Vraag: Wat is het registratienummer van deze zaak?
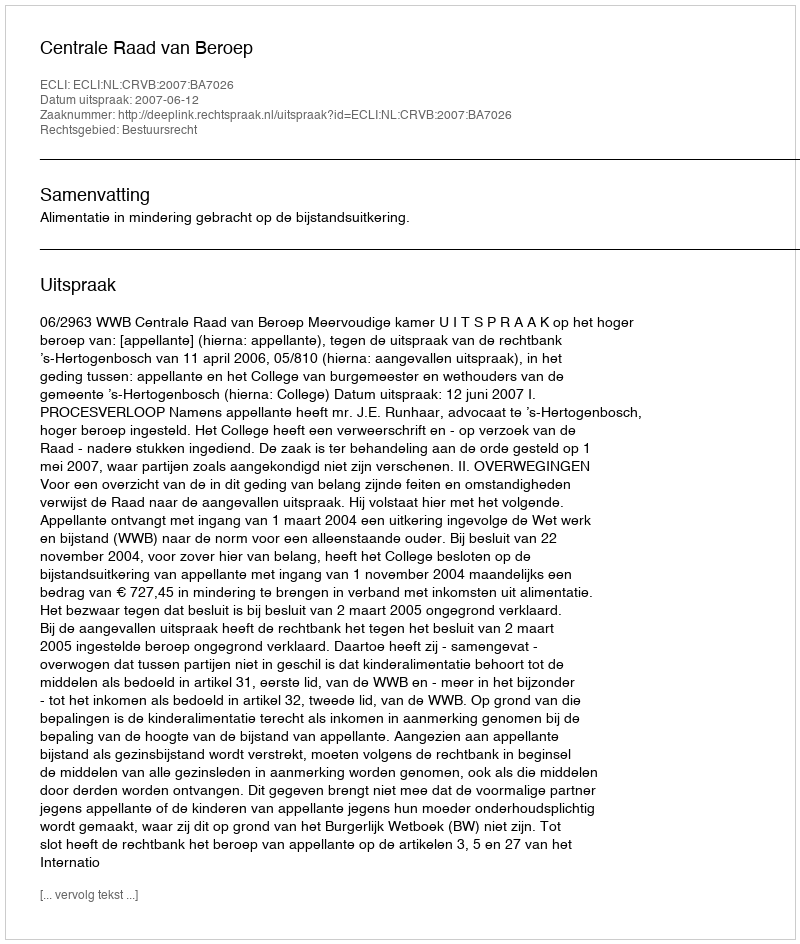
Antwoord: http://deeplink.rechtspraak.nl/uitspraak?id=ECLI:NL:CRVB:2007:BA7026